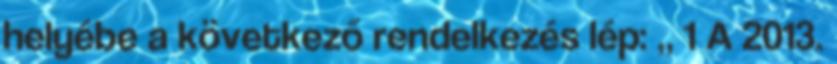
helyébe a következő rendelkezés lép: „ 1 A 2013.